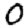
Digit: 0